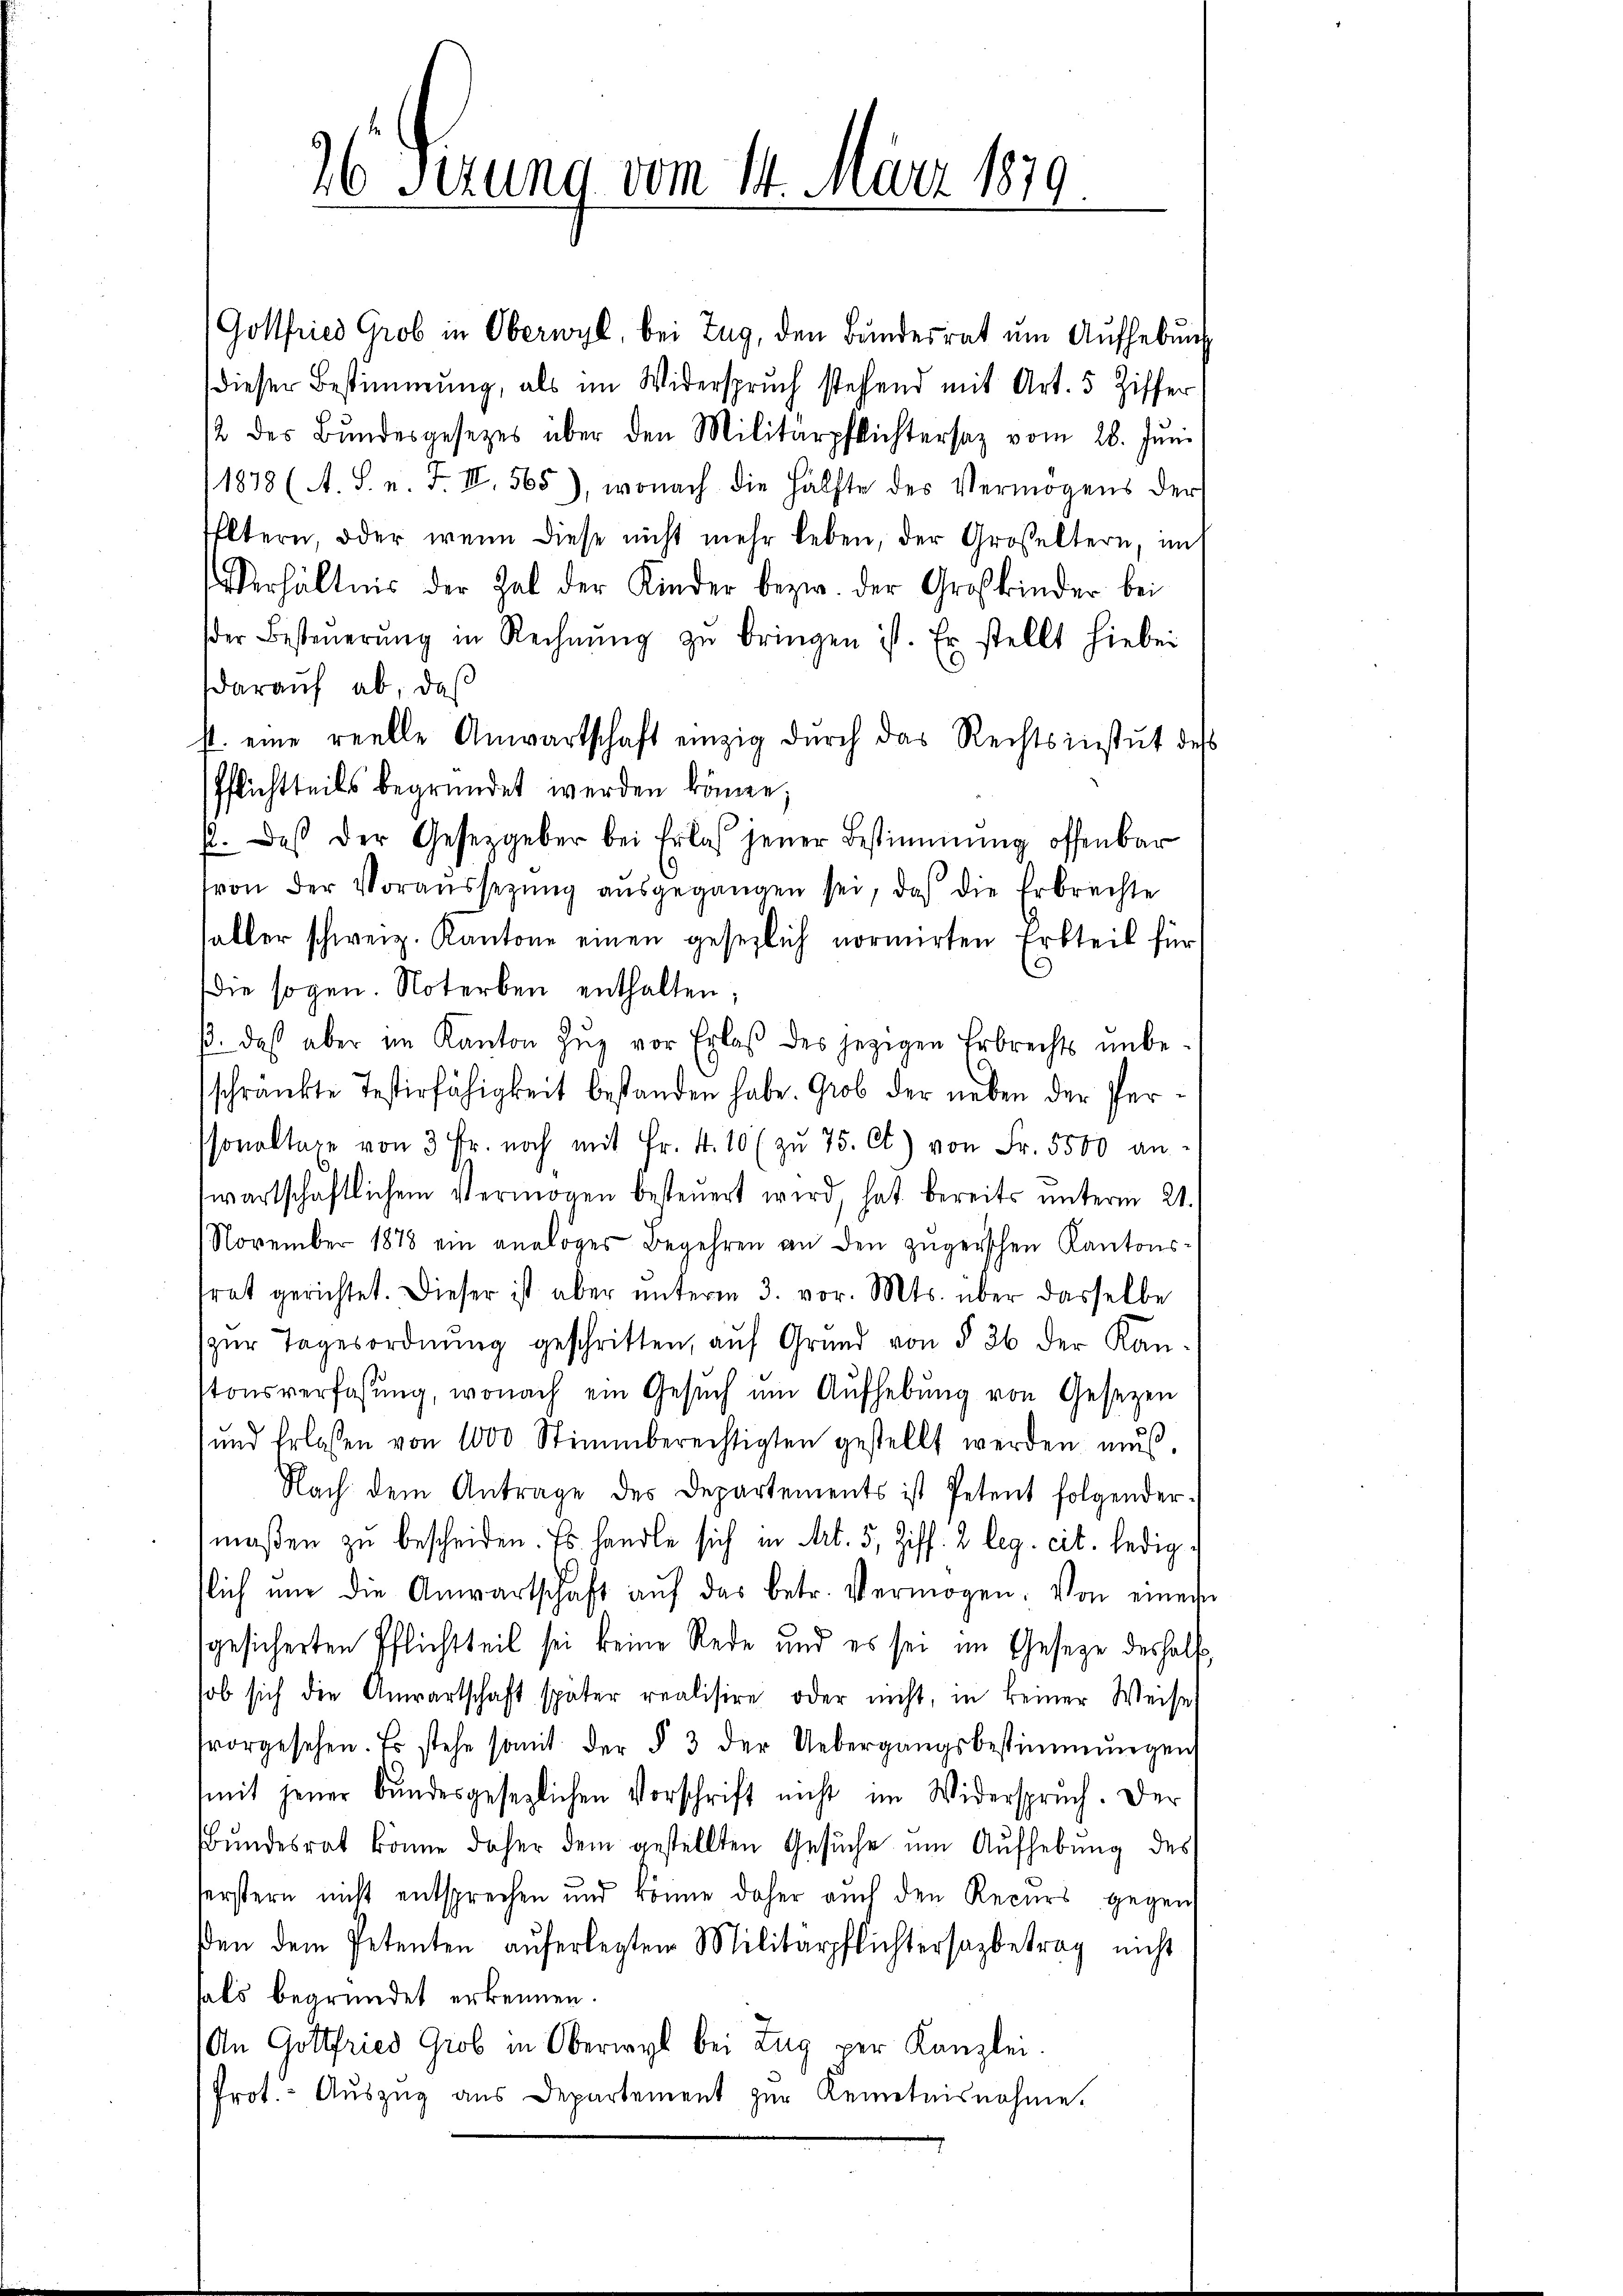
Gottfried Grob in Oberwyl, bei Zug, den Bundesrat um Aufhebung
dieser Bestimmung, als im Widerspruch stehend mit Art. 5 Ziffer
/2 des Bŭndesgesetzes über den Militärpflichtersaz vom 28. Jŭni
11878 (A. S. n. F. III 565), wonach die Hälfte des Vermögens der
Eltern, oder wenn diese nicht mehr leben, der Großeltern, im
Verhältnis der hab der Kinder bezw. der Großkinder bei
der Besteŭerŭng in Rechnŭng zŭ bringen ist. Er stellt hiebei
darauf ab, daß
st. eine reelle Anwartschaft einzig durch das Rechtsinstŭt des
Pflichtteils begründet werden könne;
p. Daß der Gesetzgeber bei Erlaß jener Bestimmung offenbar
von der Voraussetzŭng aŭsgegangen sei, daß die Erbrechte
aller schweiz. Kantone einen gesezlich normirten Erbteil für
die sogen. Noterben enthalten;
β. daß aber im Kanton Zŭg vor Erlaβ des jezigen Erbrechts ŭnbe-
schränkte Testirfähigkeit bestanden habe. Grob der neben der Perssonaltaxe von 3 Fr. noch mit Fr. 4. 10 (zŭ 75. Ct) von Fr. 5500 an
wartschaftlichem Vermögen besteŭert wird, hat bereits unterm 21.
November 1878 ein analoges Begehren an den zŭgerschen Kantons-
trat gerichtet. Dieser ist aber ŭnterm 3. vor. Mts. über dasselbe
zŭr Tagesordnŭng geschritten, aŭf Grund von § 36 der Kan-
stonsverfassŭng, wonach ein Gesŭch ŭm Aŭfhebŭng von Gesetzen
und Erlassen von 1000 Stimmberechtigten gestellt werden mŭs.
Nach dem Antrage des Departements ist Petent folgender-
maßen zu bescheiden. Es handle sich in Art. 5, Ziff. 2 leg. cit. ledigtlich nur die Anwartschaft aŭf das betr. Vermögen. Von einem
gesicherten Pflichtteil sei keine Rede und es sei im Gesetze deshalb
ob sich die Anwartschaft später realisire oder nicht, in keiner Weise
tvorgesehen. Es stehe somit der § 3 der Uebergangsbestimmungen
mit jener Bŭndesgesezlichen Vorschrift nicht im Widerspruch. Der
Bundesrat könne daher dem gestellten Gesuche um Aufhebung des
serstern nicht entsprechen und könne daher auch den Recurs gegen
den dem Petenten auferlegten Militärpflichtersagbetrag nicht
hals begründet erkennen.
An Gottfried Grob in Oberwyl bei Zug per Kanzlei
frot.- Aŭszŭg aŭs Departement zur Kenntnisnahme.

26 Fezung vom 14. März 1879